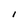
Character: I